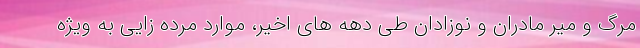
مرگ و میر مادران و نوزادان طی دهه های اخیر، موارد مرده زایی به ویژه